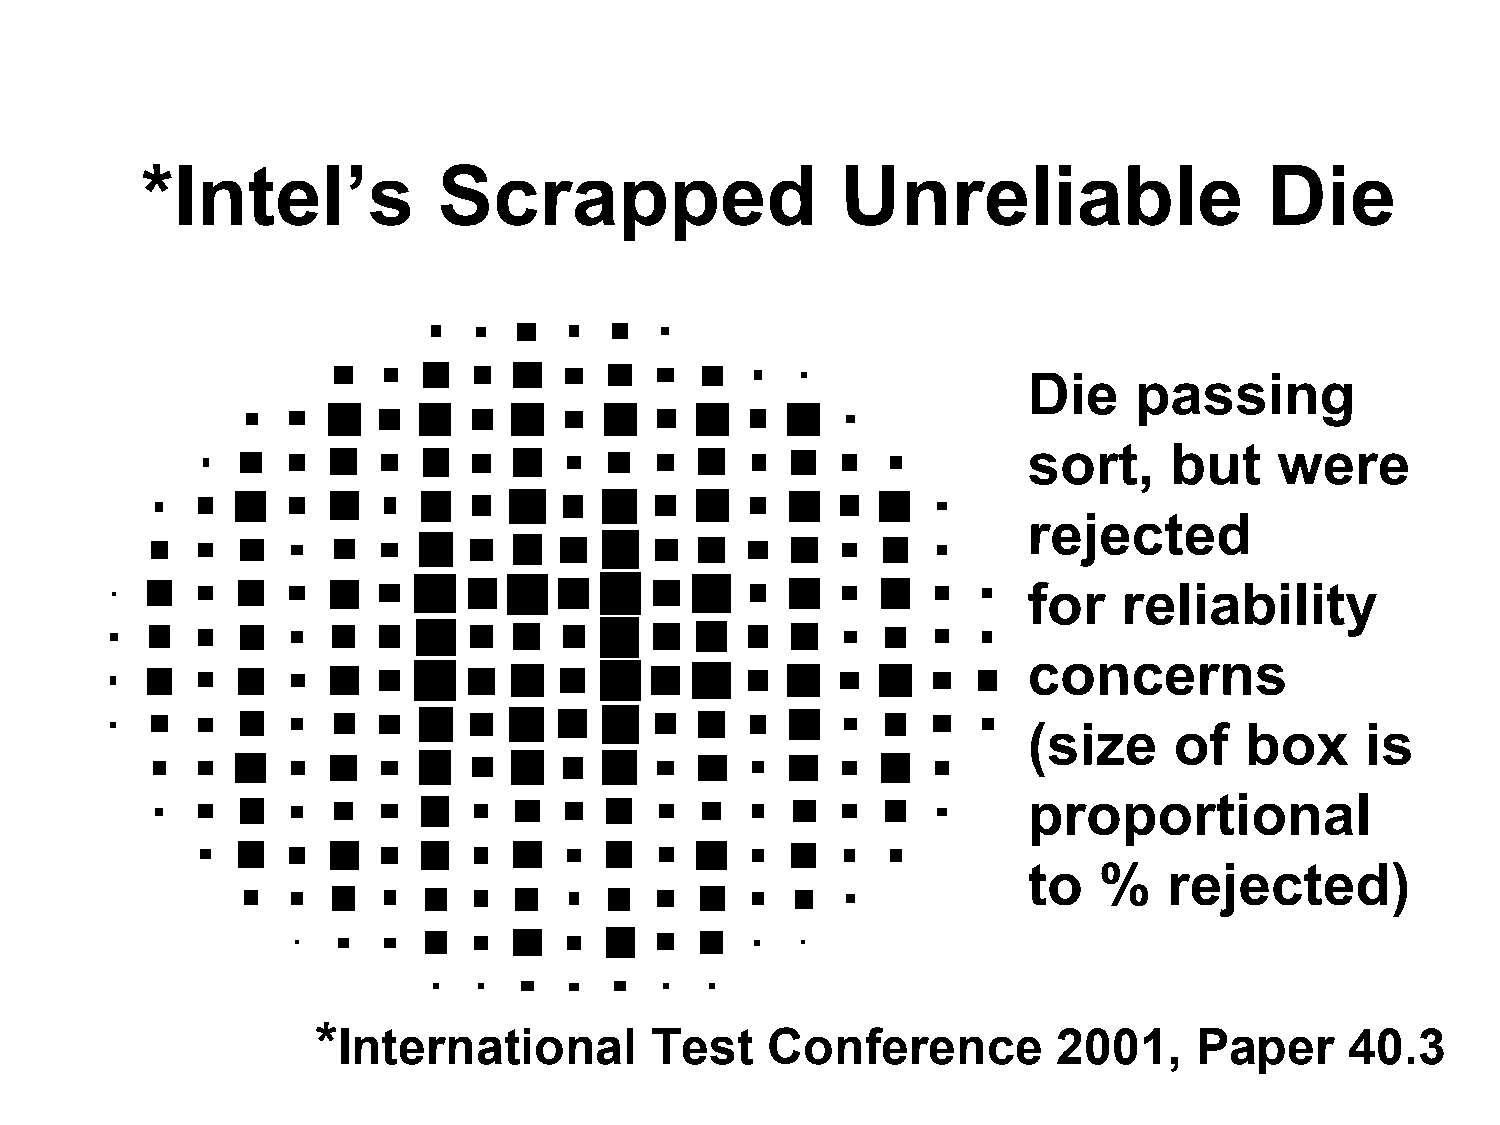
*Intel’s            Scrapped                   Unreliable                  Die
 Die    passing
 sort,    but     were
 rejected
 for   reliability
 concerns
 (size     of  box     is
 proportional
 to   %   rejected)
 *
 International        Test    Conference         2001,    Paper     40.3